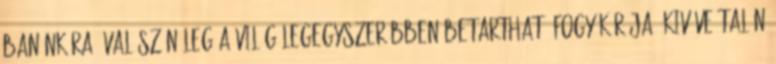
banánkúra” valószín?leg a világ legegyszer?bben betartható fogyókúrája, kivéve talán